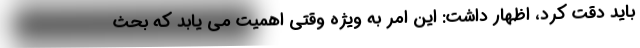
باید دقت کرد، اظهار داشت: این امر به ویژه وقتی اهمیت می یابد که بحث